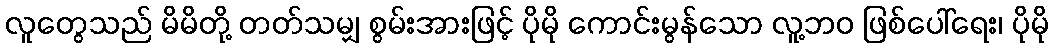
လူတွေသည် မိမိတို့ တတ်သမျှ စွမ်းအားဖြင့် ပိုမို ကောင်းမွန်သော လူ့ဘဝ ဖြစ်ပေါ်ရေး၊ ပိုမို